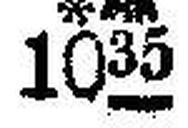
* ### 1035